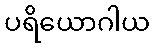
ပရိယောဂါယ